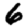
Digit: 6